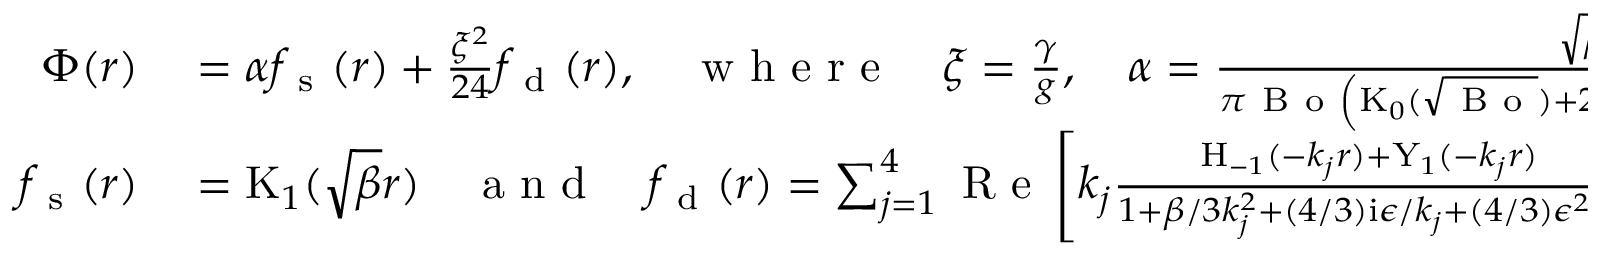
\begin{array} { r l } { \Phi ( r ) } & { { } = \alpha f _ { \mathrm { ~ s ~ } } ( r ) + \frac { \xi ^ { 2 } } { 2 4 } f _ { \mathrm { ~ d ~ } } ( r ) , \quad \mathrm { ~ w ~ h ~ e ~ r ~ e ~ } \quad \xi = \frac { \gamma } { g } , \quad \alpha = \frac { \sqrt { \beta } } { \pi \mathrm { ~ B ~ o ~ } \left( \mathrm { K } _ { 0 } ( \sqrt { \mathrm { ~ B ~ o ~ } } ) + 2 \mathrm { K } _ { 1 } ( \sqrt { \mathrm { ~ B ~ o ~ } } ) / \sqrt { \mathrm { ~ B ~ o ~ } } \right) } , } \\ { f _ { \mathrm { ~ s ~ } } ( r ) } & { { } = \mathrm { K } _ { 1 } ( \sqrt { \beta } r ) \quad \mathrm { ~ a ~ n ~ d ~ } \quad f _ { \mathrm { ~ d ~ } } ( r ) = \sum _ { j = 1 } ^ { 4 } \mathrm { ~ R ~ e ~ } \left[ k _ { j } \frac { \mathrm { H } _ { - 1 } ( - k _ { j } r ) + \mathrm { Y } _ { 1 } ( - k _ { j } r ) } { 1 + \beta / 3 k _ { j } ^ { 2 } + ( 4 / 3 ) \mathrm { i } \epsilon / k _ { j } + ( 4 / 3 ) \epsilon ^ { 2 } k _ { j } } \right] . } \end{array}